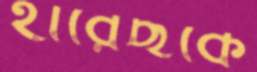
হারেছকে